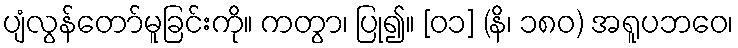
ပျံလွန်တော်မူခြင်းကို။ ကတွာ၊ ပြု၍။ [၀၁] (နိ၊ ၁၈၀) အရူပဘဝေ၊